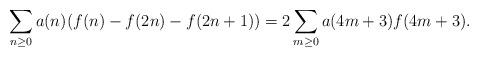
LaTeX: \begin{align*}\sum\limits_{n\geq 0} a(n)(f(n)-f(2n)-f(2n+1))=2\sum\limits_{m\geq 0}a(4m+3)f(4m+3). \end{align*}